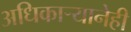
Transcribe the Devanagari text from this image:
अधिकाऱ्यानेही